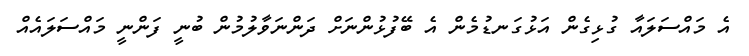
އެ މައްސަލައާ ގުޅިގެން އަޅުގަނޑުމެން އެ ބޭފުޅުންނަށް ދަންނަވާލުމުން ބުނީ ފަންނީ މައްސަލައެއް